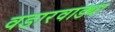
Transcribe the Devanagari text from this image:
वडारवाड्या